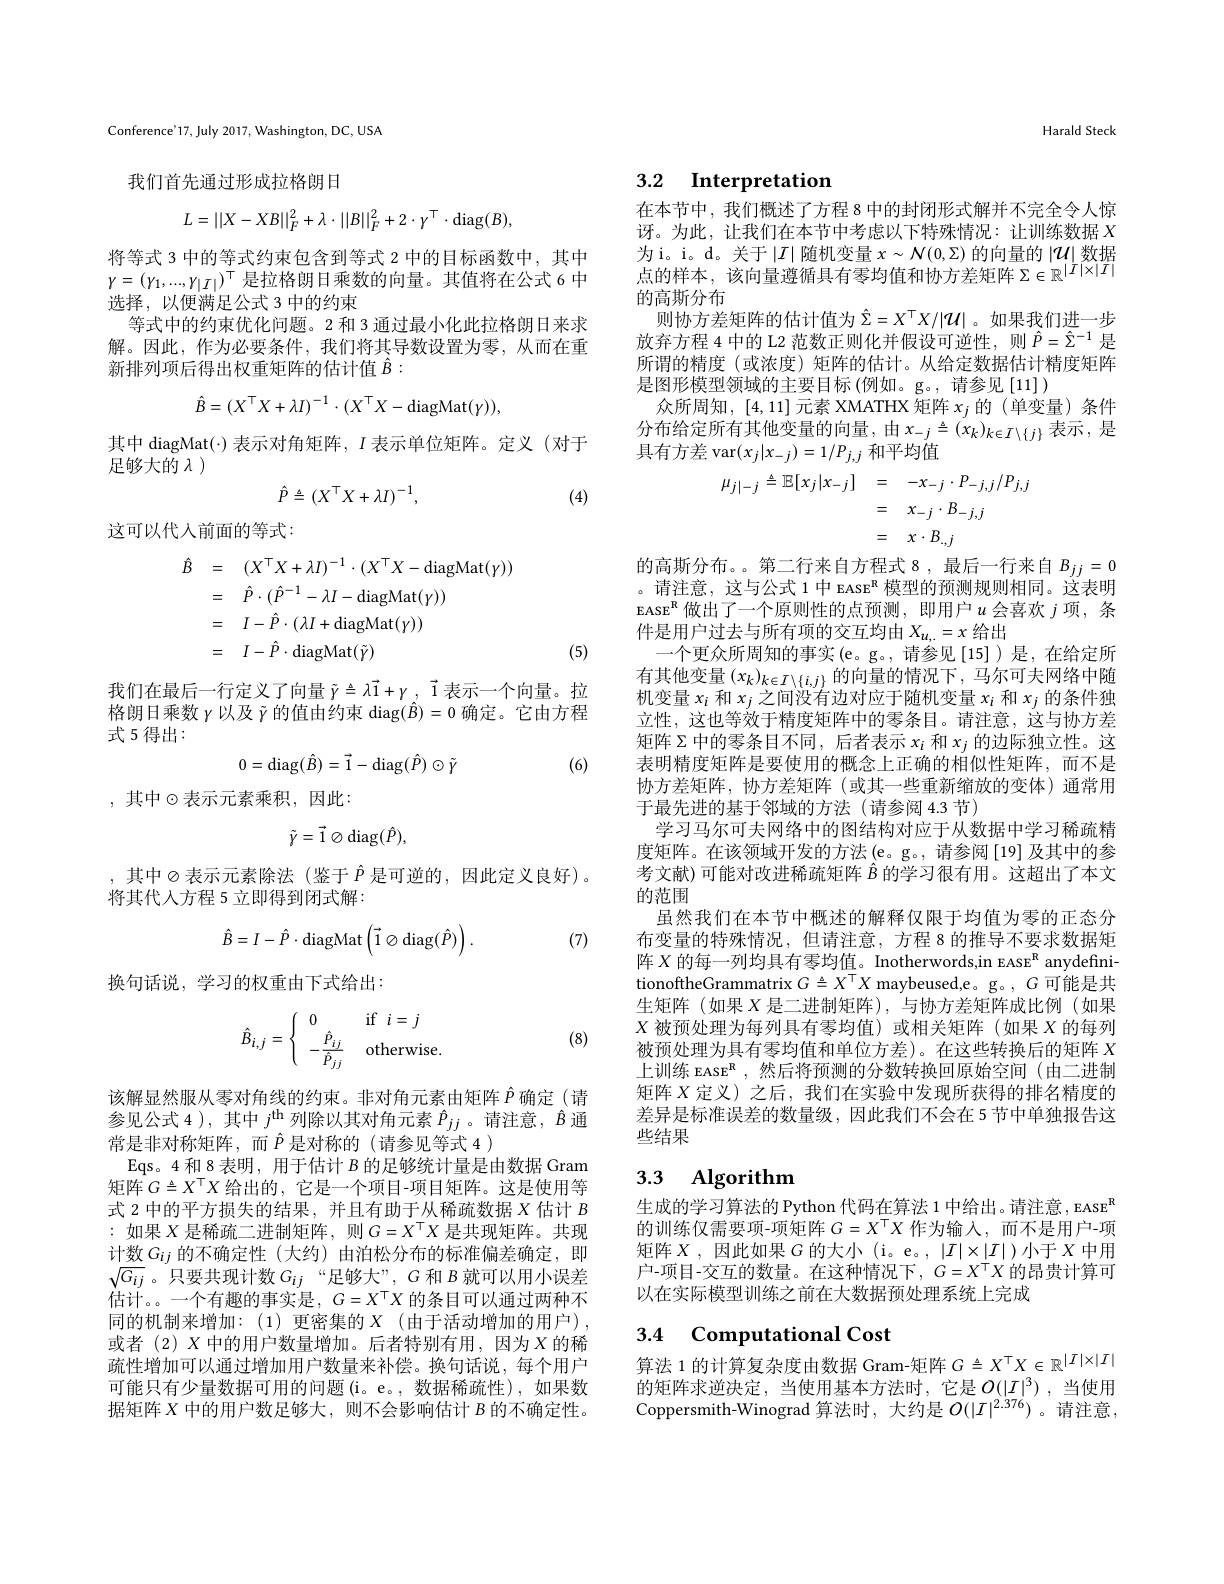
Conference'17, July 2017, Washington, DC, USA

我们首先通过形成拉格朗日
$$L=||X-XB||_F^2+\lambda\cdot||B||_F^2+2\cdot\gamma^\top\cdot\mathrm{diag}(B),$$
将等式 3 中的等式约束包含到等式 2 中的目标函数中，其中$\gamma=(\gamma_1,...,\gamma_{|I|})^{\mathrm{T}}$是拉格朗日乘数的向量。其值将在公式 6 中选择，以便满足公式 3 中的约束
等式中的约束优化问题。2 和 3 通过最小化此拉格朗日来求解。因此，作为必要条件，我们将其导数设置为零，从而在重新排列项后得出权重矩阵的估计值$\hat{B}:$
$$\hat{B}=(X^\top X+\lambda I)^{-1}\cdot(X^\top X-\mathrm{diagMat}(\gamma)),$$
其中 diagMat(·) 表示对角矩阵，$I$表示单位矩阵。定义 (对于
足够大的$\lambda$ )
$$\hat{P}\triangleq(X^{\top}X+\lambda I)^{-1},$$
(4)

这可以代人前面的等式：
$$\begin{aligned}\hat{B}&=\quad(X^{\top}X+\lambda I)^{-1}\cdot(X^{\top}X-\mathrm{diagMat}(\gamma))\\&=\quad\hat{P}\cdot(\hat{P}^{-1}-\lambda I-\mathrm{diagMat}(\gamma))\\&=\quad I-\hat{P}\cdot(\lambda I+\mathrm{diagMat}(\gamma))\\&=\quad I-\hat{P}\cdot\mathrm{diagMat}(\tilde{\gamma})\end{aligned}$$
(5)

我们在最后一行定义了向量$\tilde{\gamma}\triangleq\lambda\vec{1}+\gamma,\vec{1}$表示一个向量。拉格朗日乘数$\gamma$以及$\tilde{\gamma}$的值由约束$\operatorname{diag}(\hat{B})=0$确定。它由方程式 5 得出：
$$0=\mathrm{diag}(\hat{B})=\vec{1}-\mathrm{diag}(\hat{P})\odot\tilde{\gamma}$$
(6)

,其中$\odot$表示元素乘积，因此：
$$\tilde{\gamma}=\vec{1}\otimes\mathrm{diag}(\hat{P}),$$
,其中$\otimes$表示元素除法(鉴于$\hat{P}$ 是可逆的，因此定义良好)。
将其代人方程 5 立即得到闭式解：
$$\hat{B}=I-\hat{P}\cdot\mathrm{diagMat}\left(\vec{1}\otimes\mathrm{diag}(\hat{P})\right).$$
(7)

换句话说，学习的权重由下式给出：
$$\hat{B}_{i,j}=\begin{cases}&0&\text{if}\:i=j\\&-\frac{\hat{P}_{ij}}{\hat{P}_{jj}}&\text{otherwise.}\end{cases}$$
(8)

该解显然服从零对角线的约束。非对角元素由矩阵$\hat{P}$确定 (请参见公式 4 ), 其中$j^\mathrm{th}$列除以其对角元素$\hat{P}_{jj}$。请注意，$\hat{B}$通常是非对称矩阵，而$\hat{P}$ 是对称的(请参见等式 4 )
Eqs。4 和 8 表明，用于估计$B$的足够统计量是由数据 Gram 矩阵$G\triangleq X^{\top}X$给出的，它是一个项目-项目矩阵。这是使用等式 2 中的平方损失的结果，并且有助于从稀疏数据$X$估计$B$ :如果$X$是稀疏二进制矩阵，则$G=X^\top X$是共现矩阵。共现计数$G_{ij}$的不确定性(大约)由泊松分布的标准偏差确定，即$\sqrt{G_{ij}}$。只要共现计数$G_ij$“足够大”,$G$和$B$就可以用小误差估计。。一个有趣的事实是，$G=X^{\top}X$的条目可以通过两种不同的机制来增加：(1)更密集的$X$(由于活动增加的用户), 或者(2)$X$ 中的用户数量增加。后者特别有用，因为$X$ 的稀疏性增加可以通过增加用户数量来补偿。换句话说，每个用户可能只有少量数据可用的问题(i。e。,数据稀疏性),如果数据矩阵$X$中的用户数足够大，则不会影响估计$B$的不确定性。

Harald Steck

# 3.2 Interpretation

在本节中，我们概述了方程 8 中的封闭形式解并不完全令人惊讶。为此，让我们在本节中考虑以下特殊情况：让训练数据$X$ 为i。i。d。关于$\left|I\right|$随机变量$x\sim\mathcal{N}(0,\Sigma)$的向量的$\left|\mathcal{U}\right|$数据点的样本，该向量遵循具有零均值和协方差矩阵$\Sigma\in\mathbb{R}^|I|\times|I|$ 的高斯分布
则协方差矩阵的估计值为$\hat{\Sigma}=X^\top X/|\mathcal{U}|$。如果我们进一步放弃方程 4 中的 L2 范数正则化并假设可逆性，则$\hat{P}=\hat{\Sigma}^{-1}$是所谓的精度(或浓度)矩阵的估计。从给定数据估计精度矩阵是图形模型领域的主要目标(例如。g。,请参见[11])
众所周知，[4,11]元素 XMATHX 矩阵$x_j$的 (单变量)条件分布给定所有其他变量的向量，由$x_-j\triangleq(x_k)_{k\in I\setminus\{j\}}$表示，是具有方差 var$(x_j|x_{-j})=1/P_{j,j}$和平均值
$$\begin{aligned}\mu_{j|-j}\triangleq\mathbb{E}[x_{j}|x_{-j}]&=\quad-x_{-j}\cdot P_{-j,j}/P_{j,j}\\&=\quad x_{-j}\cdot B_{-j,j}\\&=\quad x\cdot B_{.,j}\\&=\quad x\cdot B_{.,j}\end{aligned}$$
的高斯分布。。第二行来自方程式 8 ,最后一行来自$B_{jj}=0$ 。请注意，这与公式 1 中 EASE$^{\mathrm{R}}$模型的预测规则相同。这表明EASE$^\mathrm{R}$做出了一个原则性的点预测，即用户$u$ 会喜欢 $j$ 项，条件是用户过去与所有项的交互均由$X_{u,.}=x$给出
一个更众所周知的事实(e。g。,请参见[15])是，在给定所有其他变量$(x_k)_{k\in I\setminus\{i,j\}}$的向量的情况下，马尔可夫网络中随机变量$x_i$和$x_j$之间没有边对应于随机变量$x_i$和$x_j$的条件独立性，这也等效于精度矩阵中的零条目。请注意，这与协方差矩阵 Σ 中的零条目不同，后者表示$x_i$和$x_j$的边际独立性。这表明精度矩阵是要使用的概念上正确的相似性矩阵，而不是协方差矩阵，协方差矩阵(或其一些重新缩放的变体)通常用于最先进的基于邻域的方法(请参阅 4.3 节)
学习马尔可夫网络中的图结构对应于从数据中学习稀疏精度矩阵。在该领域开发的方法(e。g。, 请参阅[19]及其中的参考文献)可能对改进稀疏矩阵$\hat{B}$的学习很有用。这超出了本文的范围
虽然我们在本节中概述的解释仅限于均值为零的正态分布变量的特殊情况，但请注意，方程 8 的推导不要求数据矩阵$X$的每一列均具有零均值。Inotherwords,in EASE$^\mathrm{R}$ anydefinitionoftheGrammatrix $G\triangleq X^\top X$ maybeused,e。g。$,G$可能是共生矩阵(如果$X$是二进制矩阵),与协方差矩阵成比例(如果$X$被预处理为每列具有零均值)或相关矩阵(如果$X$的每列被预处理为具有零均值和单位方差)。在这些转换后的矩阵$X$ 上训练 EASE$^{\mathrm{R}}$,然后将预测的分数转换回原始空间(由二进制矩阵$X$定义) 之后，我们在实验中发现所获得的排名精度的差异是标准误差的数量级，因此我们不会在 5 节中单独报告这些结果

## 3.3 $\textbf{Algorithm}$

生成的学习算法的 Python 代码在算法 1 中给出。请注意 , EASE$^\mathrm{R}$ 的训练仅需要项-项矩阵$G=X^{\mathsf{T}}X$作为输入，而不是用户-项矩阵$X$,因此如果$G$的大小(i。e。,$|I|\times|I|)$小于$X$中用户-项目-交互的数量。在这种情况下，$G=X^{\top}X$的昂贵计算可以在实际模型训练之前在大数据预处理系统上完成

### 3.4 Computational Cost 算法 1 的计算复杂度由数据 Gram-矩阵$G\triangleq X^{\top}X\in\mathbb{R}^{|I|\times|I|}$

的矩阵求逆决定，当使用基本方法时，它是$O(|I|^3)$,当使用Coppersmith-Winograd 算法时，大约是$O(|I|^{2.376})$。请注意